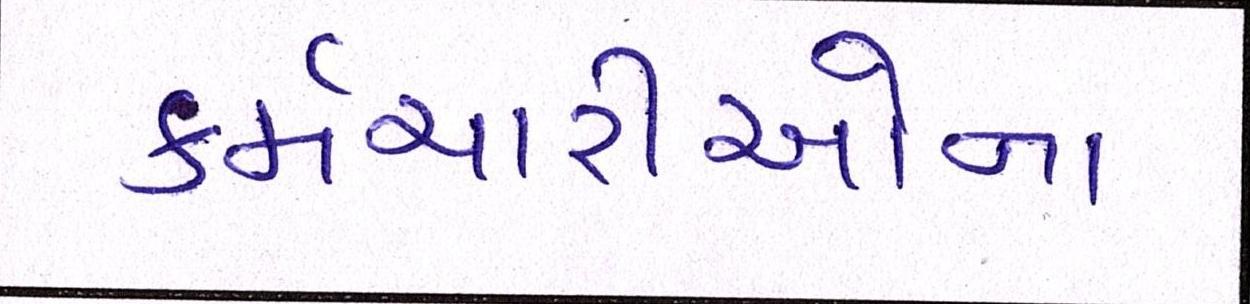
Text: કર્મચારીઓના